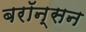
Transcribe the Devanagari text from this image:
बरॉन्सन